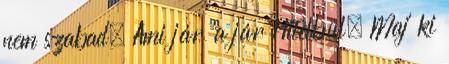
nem szabad. Ami jár 'a jár Hitelbül. Maj' ki